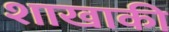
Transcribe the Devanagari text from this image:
शाखाकी